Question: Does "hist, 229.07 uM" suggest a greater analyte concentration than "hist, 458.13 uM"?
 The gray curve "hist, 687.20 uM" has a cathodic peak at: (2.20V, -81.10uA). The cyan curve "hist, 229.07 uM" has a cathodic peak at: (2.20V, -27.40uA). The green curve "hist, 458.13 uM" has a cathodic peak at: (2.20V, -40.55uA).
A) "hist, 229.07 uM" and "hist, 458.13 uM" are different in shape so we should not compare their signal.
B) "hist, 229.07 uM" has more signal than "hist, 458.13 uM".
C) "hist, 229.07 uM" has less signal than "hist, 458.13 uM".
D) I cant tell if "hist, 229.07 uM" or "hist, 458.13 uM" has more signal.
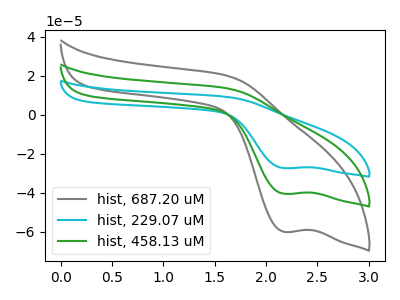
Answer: <think>All the peaks in "hist, 229.07 uM" have a peak in "hist, 458.13 uM" at the same potential. Every peak in "hist, 229.07 uM" is lower than every peak in "hist, 458.13 uM".
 </think>
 <answer>C) "hist, 229.07 uM" has less signal than "hist, 458.13 uM".</answer>
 <eval>C</eval>